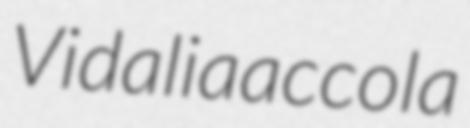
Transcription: Vidalia accola